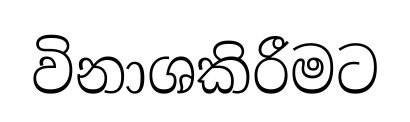
විනාශකිරීමට